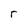
Character: r